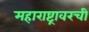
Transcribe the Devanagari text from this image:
महाराष्ट्रावरची